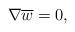
LaTeX: \begin{align*} \nabla \overline{w} =0,\end{align*}